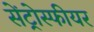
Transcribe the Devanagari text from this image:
सेंट्रोस्फीयर